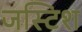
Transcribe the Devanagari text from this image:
जस्टिश